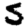
Digit: 5